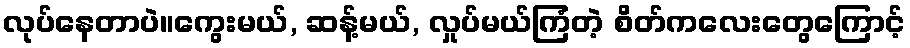
လုပ်နေတာပဲ။ကွေးမယ်, ဆန့်မယ်, လှုပ်မယ်ကြံတဲ့ စိတ်ကလေးတွေကြောင့်